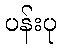
ပန်းပု